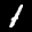
Label: 1